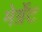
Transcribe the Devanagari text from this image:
मेर्ग्रेट